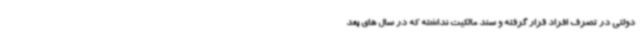
دولتی در تصرف افراد قرار گرفته و سند مالکیت نداشته که در سال های بعد